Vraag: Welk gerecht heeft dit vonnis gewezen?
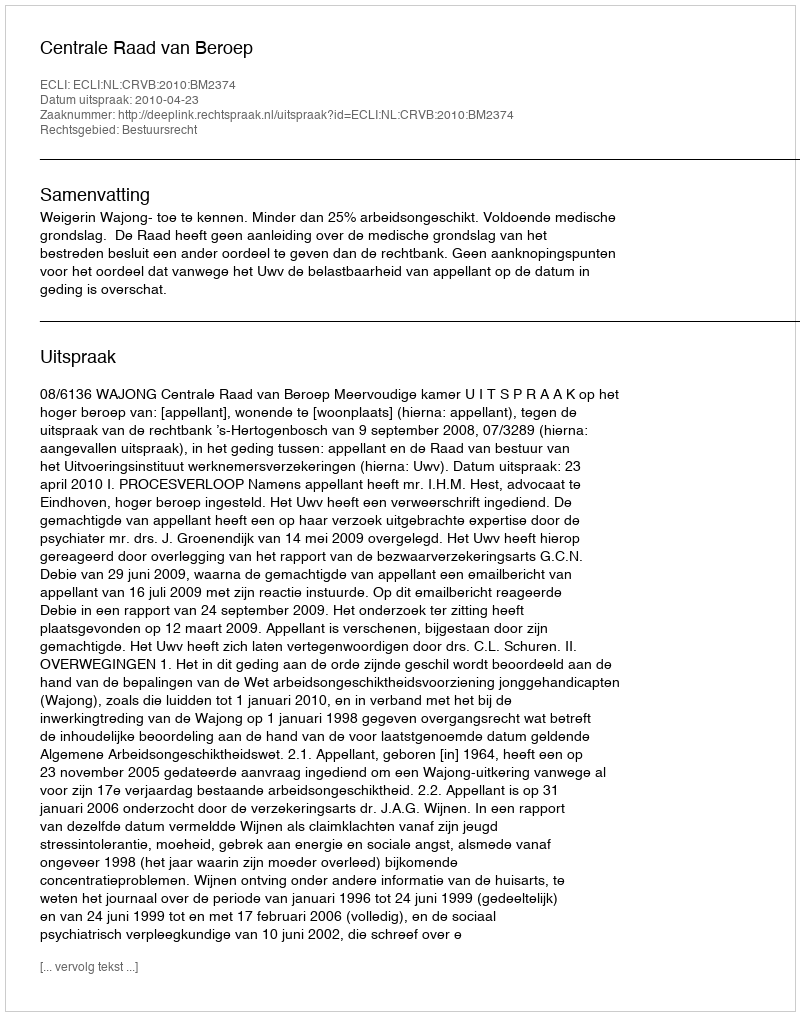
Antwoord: Centrale Raad van Beroep